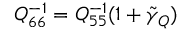
Q _ { 6 6 } ^ { - 1 } = Q _ { 5 5 } ^ { - 1 } ( 1 + \tilde { \gamma } _ { Q } )